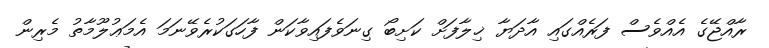
ރާއްޖޭގެ އެއްވެސް ފަރެއްގައި އާދަޔާ ޚިލާފަށް ކަށިބޯ ގިނަވެފައިވާކަން ފާހަގަކުރެވޭނަމަ އެމަޢުލޫމާތު މެރިން